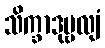
သိက္ခာဒုဗ္ဗလျံ